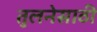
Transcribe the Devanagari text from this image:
तुलनेसाठी